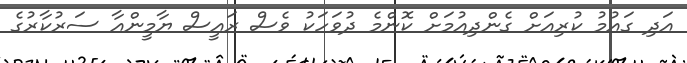
އަދި ގައުމު ކުރިއަށް ގެންދިއުމަށް ކޮންމެ ދުވަހަކު ވެސް ރައީސް ޔާމީންއާ ސަރުކާރުގެ